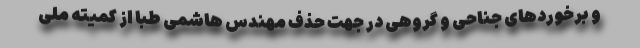
و برخوردهای جناحی و گروهی در جهت حذف مهندس هاشمی طبا از کمیته ملی